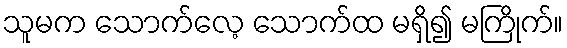
သူမက သောက်လေ့ သောက်ထ မရှိ၍ မကြိုက်။